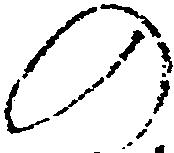
の